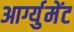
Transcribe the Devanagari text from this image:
आर्ग्युमेंट